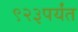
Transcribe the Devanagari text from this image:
९२३पर्यंत